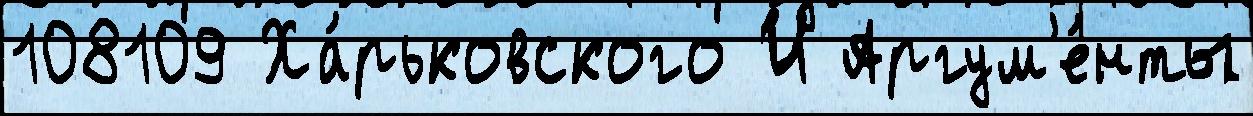
108109 Ха́рьковского И Аргум'е́нты